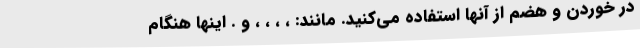
در خوردن و هضم از آنها استفاده می‌کنید. مانند: ، ، ، ، و . اینها هنگام